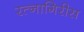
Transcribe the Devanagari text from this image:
रत्नागिरीस